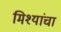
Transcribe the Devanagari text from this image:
मिश्यांचा